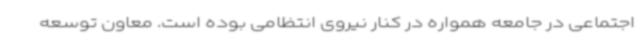
اجتماعی در جامعه همواره در کنار نیروی انتظامی بوده است. معاون توسعه